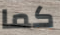
كما